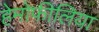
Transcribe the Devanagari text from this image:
हेमोफीलिया